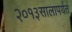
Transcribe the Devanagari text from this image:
२०१३सालापर्यंत